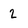
Character: 2